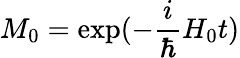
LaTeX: M_{0}=\exp(-\frac{i}{\hbar}H_{0}t)